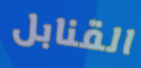
القنابل